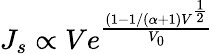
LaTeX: J_{s}\propto Ve^{\frac{(1-1/(\alpha+1)V^{\frac{1}{2}}}{V_{0}}}